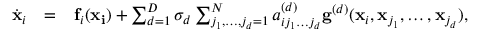
\begin{array} { l l l } { \dot { \mathbf { x } } _ { i } } & { = } & { \mathbf { f } _ { i } ( \mathbf { x _ { i } } ) + \sum _ { d = 1 } ^ { D } \sigma _ { d } \sum _ { j _ { 1 } , \dots , j _ { d } = 1 } ^ { N } a _ { i j _ { 1 } \dots j _ { d } } ^ { ( d ) } \mathbf { g } ^ { ( d ) } ( \mathbf { x } _ { i } , \mathbf { x } _ { j _ { 1 } } , \dots , \mathbf { x } _ { j _ { d } } ) , } \end{array}